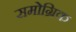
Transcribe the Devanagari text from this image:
समोग्रिक